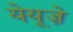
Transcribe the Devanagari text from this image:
येयूज़े